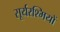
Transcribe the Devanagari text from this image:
सूर्यरश्मियों